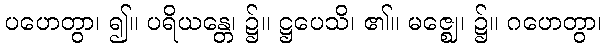
ပဟေတွာ၊ ၍။ ပရိယန္တေ၊ ၌။ ဋ္ဌပေသိ၊ ၏။ မဇ္ဈေ၊ ၌။ ဂဟေတွာ၊